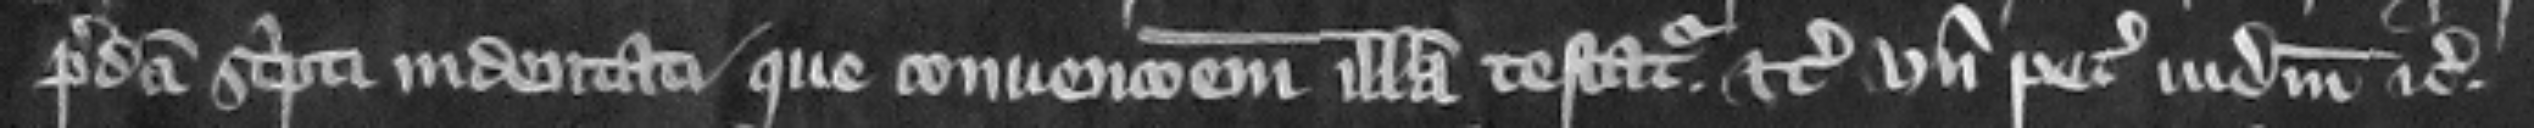
predicti scripti indentati que conuencionem illam testatur etc. vnde petit iudicium etc.